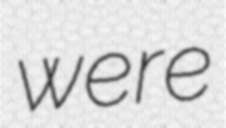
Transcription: were